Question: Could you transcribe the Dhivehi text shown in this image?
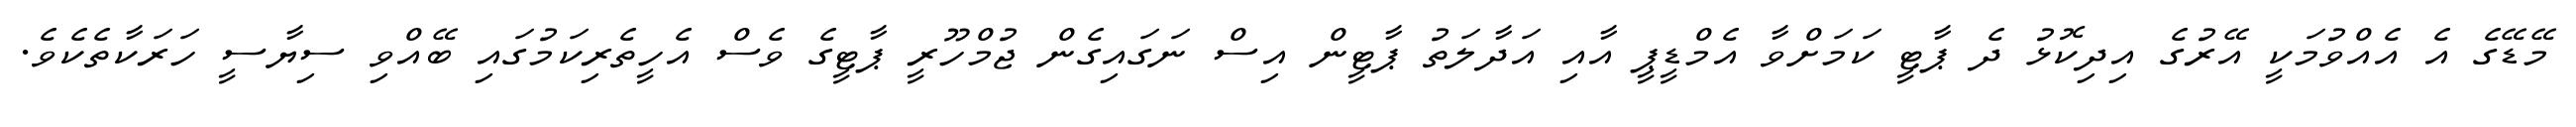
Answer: މޭޑޭގެ އެ އެއްވުމަކީ އޭރުގެ އިދިކޮޅު ދެ ޕާޓީ ކަމަށްވާ އެމްޑީޕީ އާއި އަދާލަތު ޕާޓީން އިސް ނަގައިގެން ޖުމްހޫރީ ޕާޓީގެ ވެސް އެހީތެރިކަމުގައި ބޭއްވި ސިޔާސީ ހަރަކާތެކެވެ.